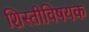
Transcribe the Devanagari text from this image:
शिस्तीविषयक